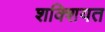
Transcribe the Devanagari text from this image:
शक्शियत